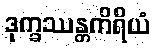
ဒုက္ခဿန္တကိရိယံ